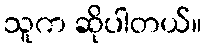
သူက ဆိုပါတယ်။